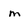
Character: m